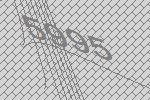
5995